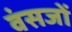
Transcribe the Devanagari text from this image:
वंसजों